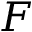
F